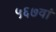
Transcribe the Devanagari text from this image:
५६७वां